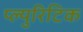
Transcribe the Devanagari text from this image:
प्ल्युरिटिक